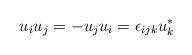
LaTeX: \begin{align*}u_{i} u_{j} = - u_{j} u_{i} = \epsilon_{ijk} u_{k}^{*} \end{align*}